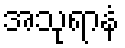
အသုရာနံ